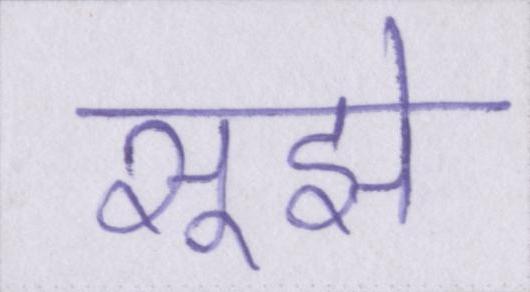
सूझे